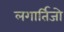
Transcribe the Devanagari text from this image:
लगार्तिजो